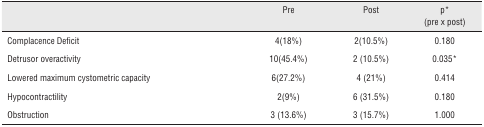
<table><thead><tr><td></td><td><b>Pre</b></td><td><b>Post</b></td><td><b>p* (pre x post)</b></td></tr></thead><tbody><tr><td>Complacence Deficit</td><td>4(18%)</td><td>2(10.5%)</td><td>0.180</td></tr><tr><td>Detrusor overactivity</td><td>10(45.4%)</td><td>2 (10.5%)</td><td>0.035*</td></tr><tr><td>Lowered maximum cystometric capacity</td><td>6(27.2%)</td><td>4 (21%)</td><td>0.414</td></tr><tr><td>Hypocontractility</td><td>2(9%)</td><td>6 (31.5%)</td><td>0.180</td></tr><tr><td>Obstruction</td><td>3 (13.6%)</td><td>3 (15.7%)</td><td>1.000</td></tr></tbody></table>